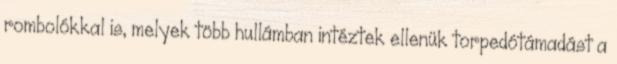
rombolókkal is, melyek több hullámban intéztek ellenük torpedótámadást a